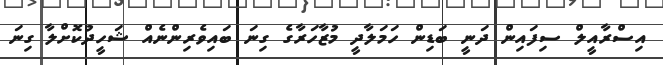
އިސްރާާއީލް ސިފައިން ދަނީ ބަޑިން ހަމަލާދީ މުޒާހަރާގެ ގިނަ ބައިވެރިންނެއް ޝަހީދުކޮށްލާ ގިނަ